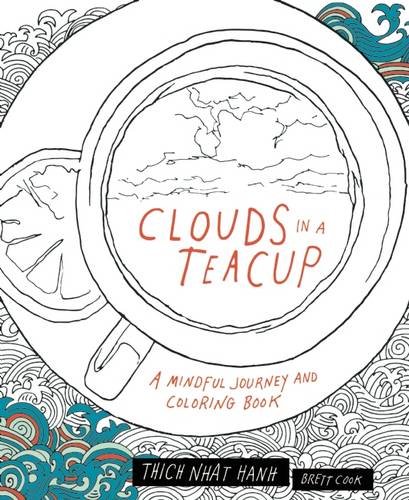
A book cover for Clouds in a Teacup: A Mindful Journey and Coloring Book; Thich Nhat Hanh; Humor & Entertainment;